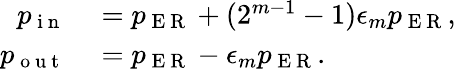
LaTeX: \begin{array}{rl}{p_{\mathrm{~i~n~}}}&{{}=p_{\mathrm{~E~R~}}+(2^{m-1}-1)\epsilon_{m}p_{\mathrm{~E~R~}},}\\ {p_{\mathrm{~o~u~t~}}}&{{}=p_{\mathrm{~E~R~}}-\epsilon_{m}p_{\mathrm{~E~R~}}.}\end{array}